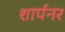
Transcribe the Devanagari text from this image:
शार्पनर